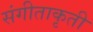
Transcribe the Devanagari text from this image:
संगीताकृती